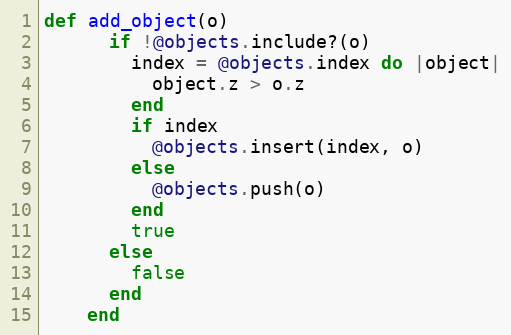
Language: Ruby
def add_object(o)
      if !@objects.include?(o)
        index = @objects.index do |object|
          object.z > o.z
        end
        if index
          @objects.insert(index, o)
        else
          @objects.push(o)
        end
        true
      else
        false
      end
    end